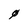
Character: 0